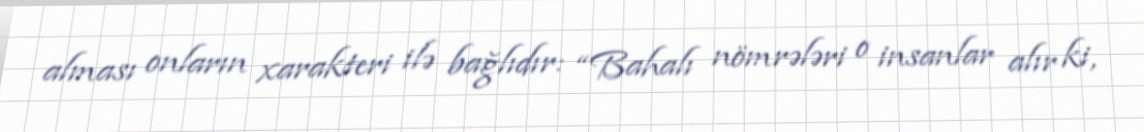
alması onların xarakteri ilə bağlıdır: “Bahalı nömrələri o insanlar alır ki,